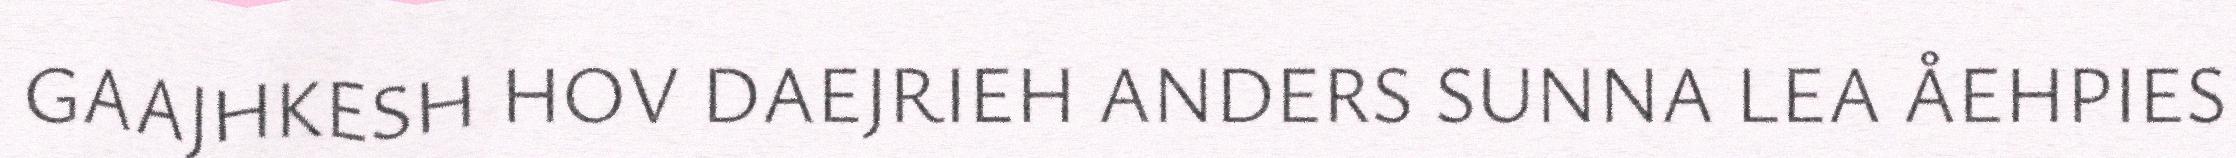
GAAJHKESH HOV DAEJRIEH ANDERS SUNNA LEA ÅEHPIES